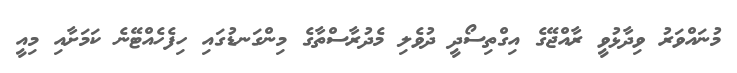
މުނައްވަރު ވިދާޅުވީ ރާއްޖޭގެ އިގްތިސޯދީ ދުވެލި މެދުރާސްތާގެ މިންގަނޑުގައި ހިފެހެއްޓޭނެ ކަމަށާއި މިއީ